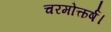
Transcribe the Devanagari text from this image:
चरमोत्कर्ष।